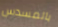
بالمسدس